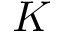
\boldsymbol K